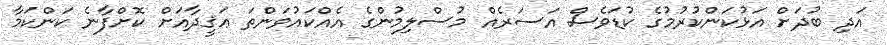
އަދި ބުދަށް އަޅުކަންކުރުމުގެ ކުޑަވެސް އަސަރެއް މުސްލިމުންގެ އެއްކައުވަންތަ ޢަޤީދާއަށް ކޮށްފާނެ ކަންކަމާ